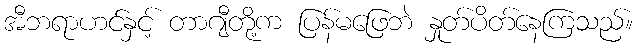
အီဘရာဟင်နှင့် တာဂျီတို့က ပြန်မဖြေဘဲ နှုတ်ပိတ်နေကြသည်။